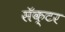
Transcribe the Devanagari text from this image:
सॅक्टर